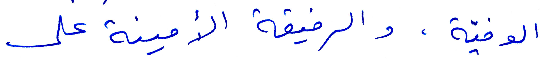
الوفيّة. والرفيقة الأمينة على